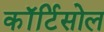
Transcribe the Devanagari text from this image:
कॉर्टिसोल